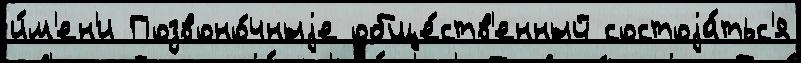
и́м'ен'и Позвоно́чныjе обще́ств'енный состоjа́тьс'я